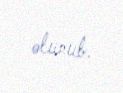
olunub.